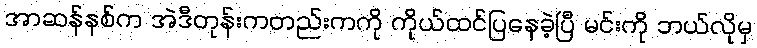
အာဆန်နစ်က အဲဒီတုန်းကတည်းကကို ကိုယ်ထင်ပြနေခဲ့ပြီ မင်းကို ဘယ်လိုမှ